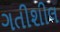
ગતીશીલ